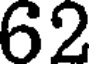
62